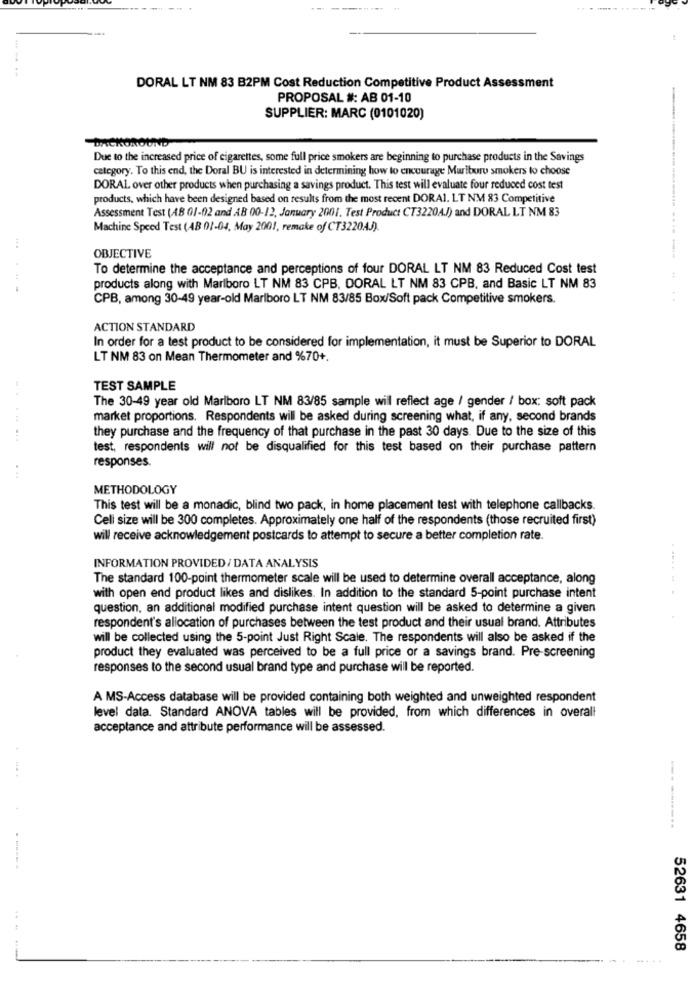
--
--
. 44
DORAL LT NM 83 B2PM Cost Reduction Competitive Product Assessment
PROPOSAL #: AB 01-10
SUPPLIER: MARC (0101020)
BACKGROUND
Due to the increased price of cigarettes, some full price smokers are beginning to purchase products in the Savings
category. To this end, the Doral BU is interested in determining how to encourage Mariburu smokers to choose
DORAL over other products when purchasing a savings product. This test will evaluate four reduced cost test
products, which have been designed based on results from the most recent DORAI. LT NM 83 Competitive
Assessment Test (AB 01-02 and AB 00-12, January 2001. Test Product CT3220AJ) and DORAL LT NM 83
Machine Speed Test (AB 01-04, May 2001, remake of CT3220AJ).
OBJECTIVE
To determine the acceptance and perceptions of four DORAL LT NM 83 Reduced Cost test
products along with Marlboro LT NM 83 CPB, DORAL LT NM 83 CPB, and Basic LT NM 83
CPB, among 30-49 year-old Marlboro LT NM 83/85 Box/Soft pack Competitive smokers.
. .
ACTION STANDARD
In order for a test product to be considered for implementation, it must be Superior to DORAL
LT NM 83 on Mean Thermometer and %70+.
TEST SAMPLE
The 30-49 year old Marlboro LT NM 83/85 sample wil reflect age / gender / box: soft pack
market proportions. Respondents will be asked during screening what, if any, second brands
they purchase and the frequency of that purchase in the past 30 days. Due to the size of this
... ...
test, respondents will not be disqualified for this test based on their purchase pattern
responses
METHODOLOGY
This test will be a monadic, blind two pack, in home placement test with telephone callbacks.
Celi size will be 300 completes. Approximately one half of the respondents (those recruited first)
will receive acknowledgement postcards to attempt to secure a better completion rate.
INFORMATION PROVIDED/ DATA ANALYSIS
The standard 100-point thermometer scale will be used to determine overall acceptance, along
with open end product likes and dislikes. In addition to the standard 5-point purchase intent
question, an additional modified purchase intent question will be asked to determine a given
respondent's allocation of purchases between the test product and their usual brand. Attributes
will be collected using the 5-point Just Right Scale. The respondents will also be asked if the
product they evaluated was perceived to be a full price or a savings brand. Pre-screening
responses to the second usual brand type and purchase will be reported.
A MS-Access database will be provided containing both weighted and unweighted respondent
level data. Standard ANOVA tables will be provided, from which differences in overall
acceptance and attribute performance will be assessed.
---------
4 .
52631 4658